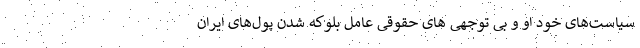
سیاست‌های خود او و بی توجهی های حقوقی عامل بلوکه شدن پول‌های ایران